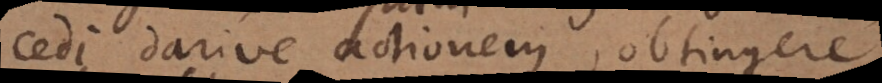
cedi darive actionem, obtingere